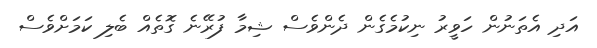
އަދި އެތަނުން ހަވީރު ނިކުމެގެން ދެންވެސް ޝިމާ ފުރޭނެ ގޮތެއް ބެލި ކަމަށްވެސް